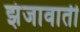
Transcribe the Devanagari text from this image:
झंजावाती